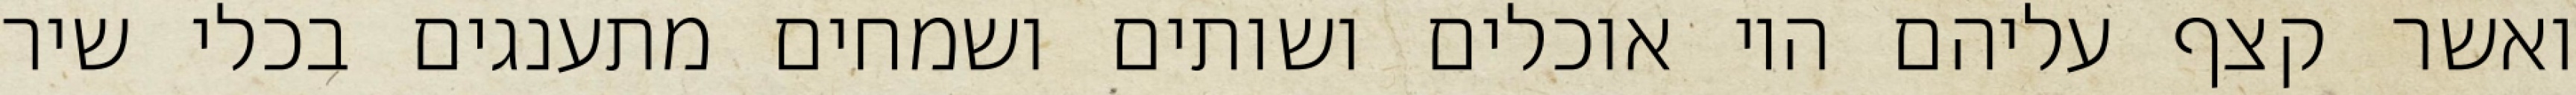
ואשר קצף עליהם היו אוכלים ושותים ושמחים מתענגים בכלי שיר